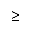
\geq